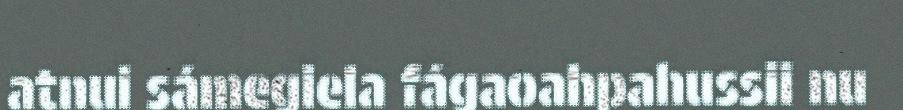
atnui sámegiela fágaoahpahussii nu